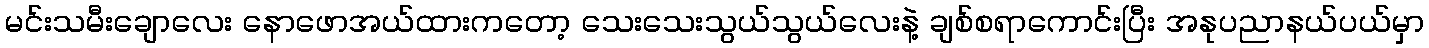
မင်းသမီးချောလေး နောဖောအယ်ထားကတော့ သေးသေးသွယ်သွယ်လေးနဲ့ ချစ်စရာကောင်းပြီး အနုပညာနယ်ပယ်မှာ